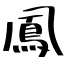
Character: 鳳